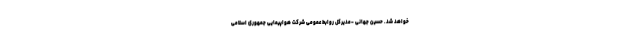
خواهد شد. حسین جهانی -مدیرکل روابط عمومی شرکت هواپیمایی جمهوری اسلامی